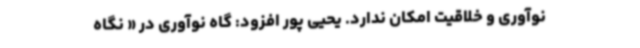
نوآوری و خلاقیت امکان ندارد. یحیی پور افزود: گاه نوآوری در « نگاه